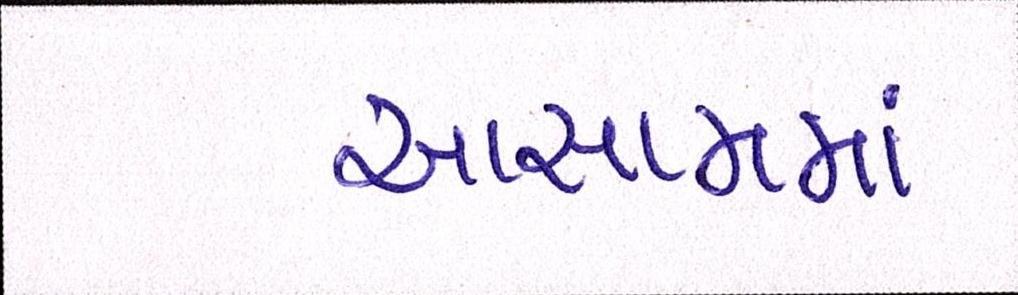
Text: આસામમાં